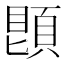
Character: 𩓓